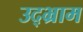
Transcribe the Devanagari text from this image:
उद्भ्राम